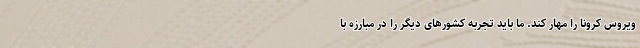
ویروس کرونا را مهار کند. ما باید تجربه کشورهای دیگر را در مبارزه با